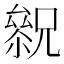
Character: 𠬓